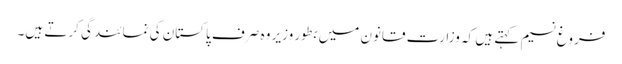
فروغ نسیم کہتے ہیں کہ وزارت قانون میں بطور وزیر وہ صرف پاکستان کی نمائندگی کرتے ہیں۔